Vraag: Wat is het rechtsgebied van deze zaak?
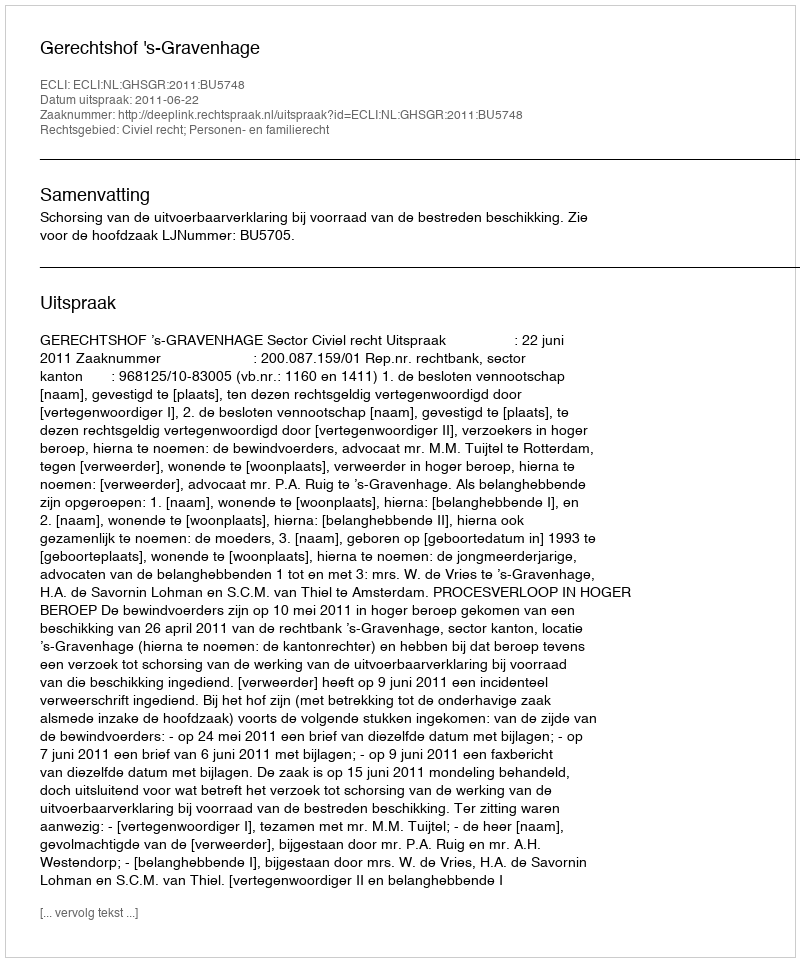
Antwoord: Civiel recht; Personen- en familierecht